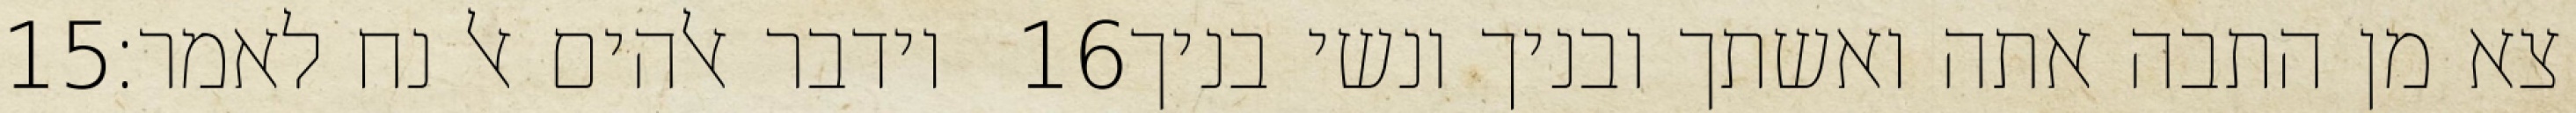
‎15‏ וידבר אלהים אל נח לאמר׃ ‎16‏ צא מן התבה אתה ואשתך ובניך ונשי בניך